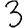
Digit: 3